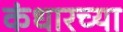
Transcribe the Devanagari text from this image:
कंधारच्या